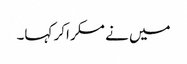
میں نے مسکراکر کہا۔